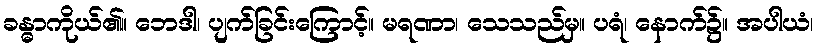
ခန္ဓာကိုယ်၏။ ဘေဒါ၊ ပျက်ခြင်းကြောင့်။ မရဏာ၊ သေသည်မှ။ ပရံ၊ နောက်၌။ အပါယံ၊